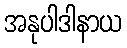
အနုပါဒါနာယ